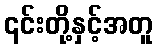
၎င်းတို့နှင့်အတူ